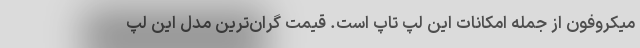
میکروفون از جمله امکانات این لپ تاپ است. قیمت گران‌ترین مدل این لپ